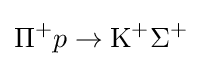
\Pi ^{+}p\rightarrow \mathrm {K} ^{+}\Sigma ^{+}